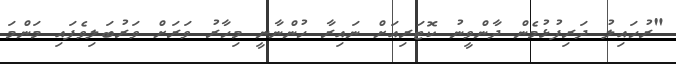
"ރުހައިލު ދަރިފުޅުމެން ދާންވީނު ކޮޓަރިއަށް ނައިރާ ހުންނާނީ މިހާރު ވަރަށް ވަރުބަލިވެފައި މަންމަ